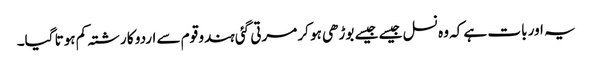
یہ اور بات ہے کہ وہ نسل جیسے جیسے بوڑھی ہو کر مرتی گئی ہندو قوم سے اردو کا رشتہ کم ہوتا گیا۔